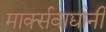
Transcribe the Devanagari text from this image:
मार्क्‍सवाद्यांनी